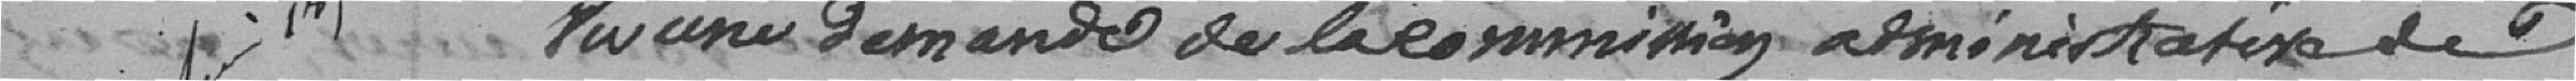
.. une demande de la commission administrative de